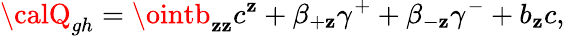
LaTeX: {\calQ}_{gh}=\ointb_{\mathbf{z}\mathbf{z}}c^{\mathbf{z}}+\beta_{+\mathbf{z}}\gamma^{+}+\beta_{-\mathbf{z}}\gamma^{-}+b_{\mathbf{z}}c,